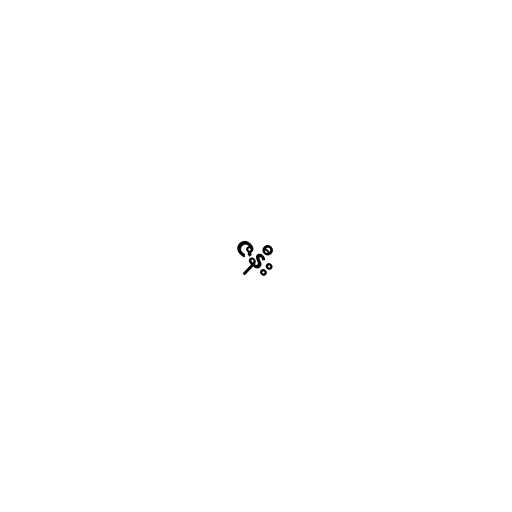
ဇနီး